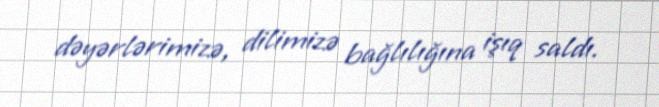
dəyərlərimizə, dilimizə bağlılığına işıq saldı.